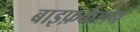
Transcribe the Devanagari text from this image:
बाइफ़र्केशन